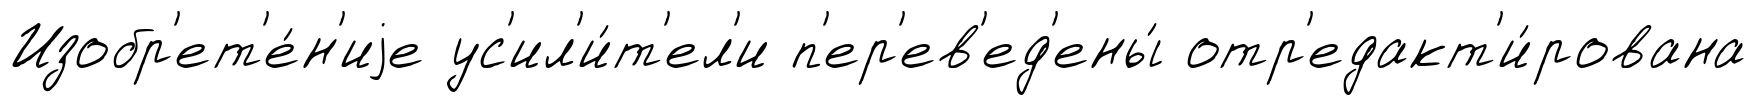
Изобр'ет'е́н'иjе ус'ил'и́т'ел'и п'ер'ев'ед'ены́ отр'едакт'и́рована